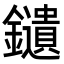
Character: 𨯯